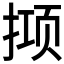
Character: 𫽙